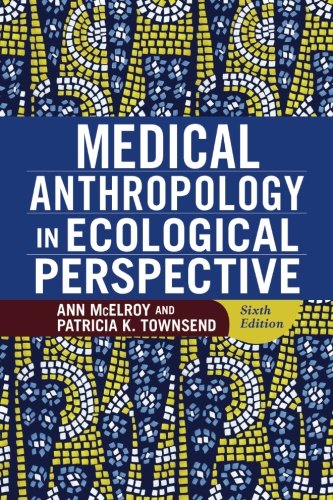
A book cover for Medical Anthropology in Ecological Perspective; Ann McElroy; Politics & Social Sciences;